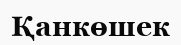
Қанкөшек